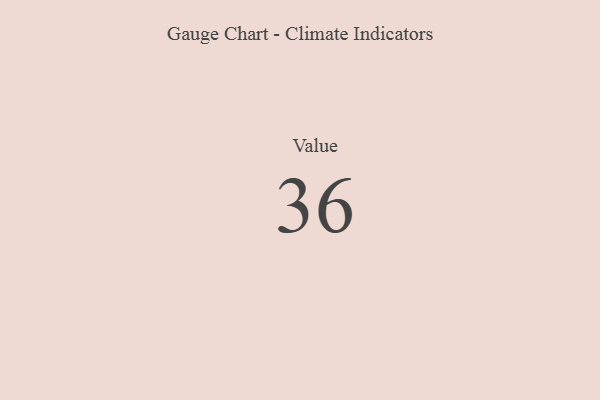
{"axis": {"x": "Metric", "y": "Value"}, "legend": [""], "data": [{"x": "Value", "y": 36, "type": ""}]}